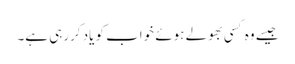
جیسے وہ کسی بھولے ہوئے خواب کو یاد کررہی ہے۔